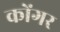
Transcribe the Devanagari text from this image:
कोंगर